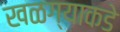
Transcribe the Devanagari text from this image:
खळग्याकडे